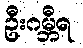
ဦးဂမ္ဘီရ